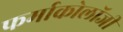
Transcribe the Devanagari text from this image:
फर्माकोलॉजी